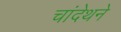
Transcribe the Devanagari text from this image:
चांदेथने